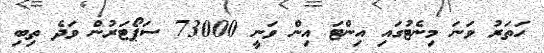
ހަތަރު ވަނަ މިނެޓުގައި އިންޓަ އިން ވަނީ 73000 ސަޕޯޓަރުން ވަދެ ތިބި